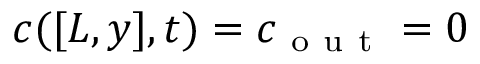
c ( [ L , y ] , t ) = c _ { \mathrm { ~ o ~ u ~ t ~ } } = 0